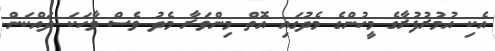
އެކި އުމުރުފުރާގެ މީހުންގެ މެދުގައި އޮތް މިންވަރާ މެދު ވެސް ވާހަކަ ދައްކަން